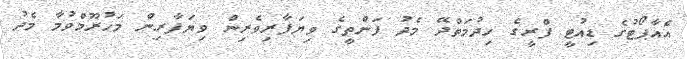
އެއާޕޯޓުގެ ޑިއުޓީ ފްރީގެ ހިދުމަތްދޭ މެދު ފަންތީގެ ވިޔަފާރިވެރިން ވިޔަފާރިން މަހުރޫމްވުމާ މެދު